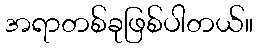
အရာတစ်ခုဖြစ်ပါတယ်။